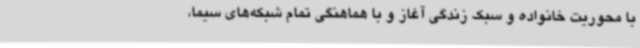
با محوریت خانواده و سبک زندگی آغاز و با هماهنگی تمام شبکه‌های سیما،